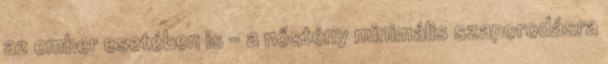
az ember esetében is – a nőstény minimális szaporodásra